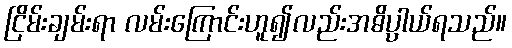
ငြိမ်းချမ်းရာ လမ်းကြောင်းဟူ၍လည်းအဓိပ္ပါယ်ရသည်။